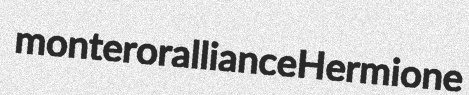
montero ralliance Hermione